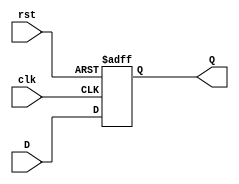
module FeedbackRegister #(
    parameter WIDTH = 8  // Parameter to define the width of the register
)(
    input wire clk,       // Clock signal
    input wire rst,       // Reset signal
    input wire [WIDTH-1:0] D, // Data input
    output reg [WIDTH-1:0] Q  // Data output
);

    // Always block triggered on the rising edge of the clock or when reset is active
    always @(posedge clk or posedge rst) begin
        if (rst) begin
            Q <= {WIDTH{1'b0}}; // Reset the register to zero
        end else begin
            Q <= D; // Capture the data input on clock edge
        end
    end

endmodule